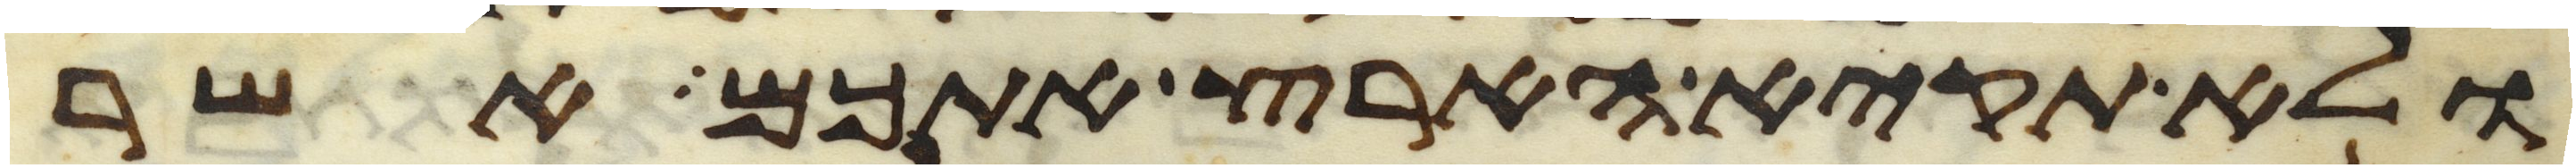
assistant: ולא תקיא הארץ אתכם אשר